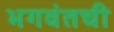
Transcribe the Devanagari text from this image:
भगवंतची